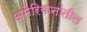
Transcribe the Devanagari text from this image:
अमेरिकनांतील